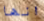
انها